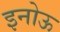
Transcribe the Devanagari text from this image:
इनोऊ